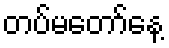
တပ်မတော်နေ့